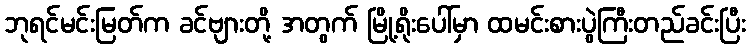
ဘုရင်မင်းမြတ်က ခင်ဗျားတို့ အတွက် မြို့ရိုးပေါ်မှာ ထမင်းစားပွဲကြီးတည်ခင်းပြီး